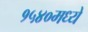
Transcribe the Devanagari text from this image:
१५४०मध्ये